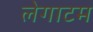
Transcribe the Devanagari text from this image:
लेगाटम